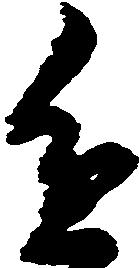
進